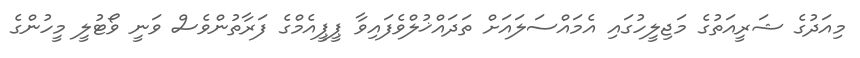
މިއަދުގެ ޝަރީއަތުގެ މަޖިލީހުގައި އެމައްސަލައަށް ތަދައްޚުލްވެފައިވާ ޕީޕީއެމްގެ ފަރާތުންވެސް ވަނީ ވޯޓުލީ މީހުންގެ